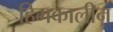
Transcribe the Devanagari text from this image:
हिमकालीन